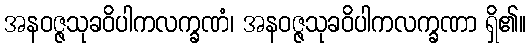
အနဝဇ္ဇသုခဝိပါကလက္ခဏံ၊ အနဝဇ္ဇသုခဝိပါကလက္ခဏာ ရှိ၏။